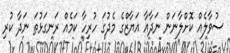
ސުވާލެއް ކޮށްލާނަން ނަދާއާ އަޔާޒްގެ މެދުގަ ހުރިހާ ކަމެއް ރަނގަޅުތަ ނަދާ ކުރި